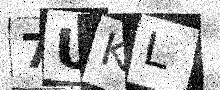
Text: 7UKL